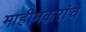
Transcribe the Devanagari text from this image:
माहीमकरांचे